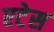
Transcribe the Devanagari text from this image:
एटेस